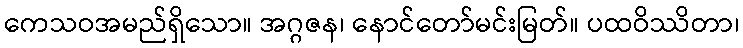
ကေသဝအမည်ရှိသော။ အဂ္ဂဇန၊ နောင်တော်မင်းမြတ်။ ပထဝိဿိတာ၊